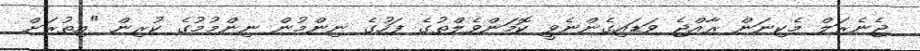
ޖެނެރަލް މެކިނަން ރާއްޖެ ވަޑައިގެންނެވީ ކޮމަންވެލްތުގެ ފަހުގެ ނިންމުން ނިންމުމުގެ ކުރިން "އިތުރަށް